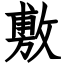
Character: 敷